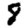
Digit: 8